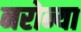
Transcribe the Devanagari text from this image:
नरोन्या